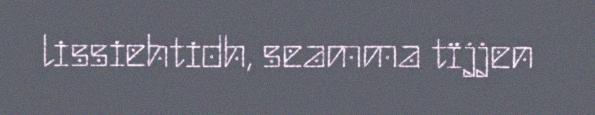
lissiehtidh, seamma tïjjen